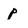
Character: p